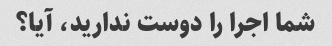
شما اجرا را دوست ندارید، آیا؟